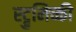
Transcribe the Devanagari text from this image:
स्ट्रुमिच्की